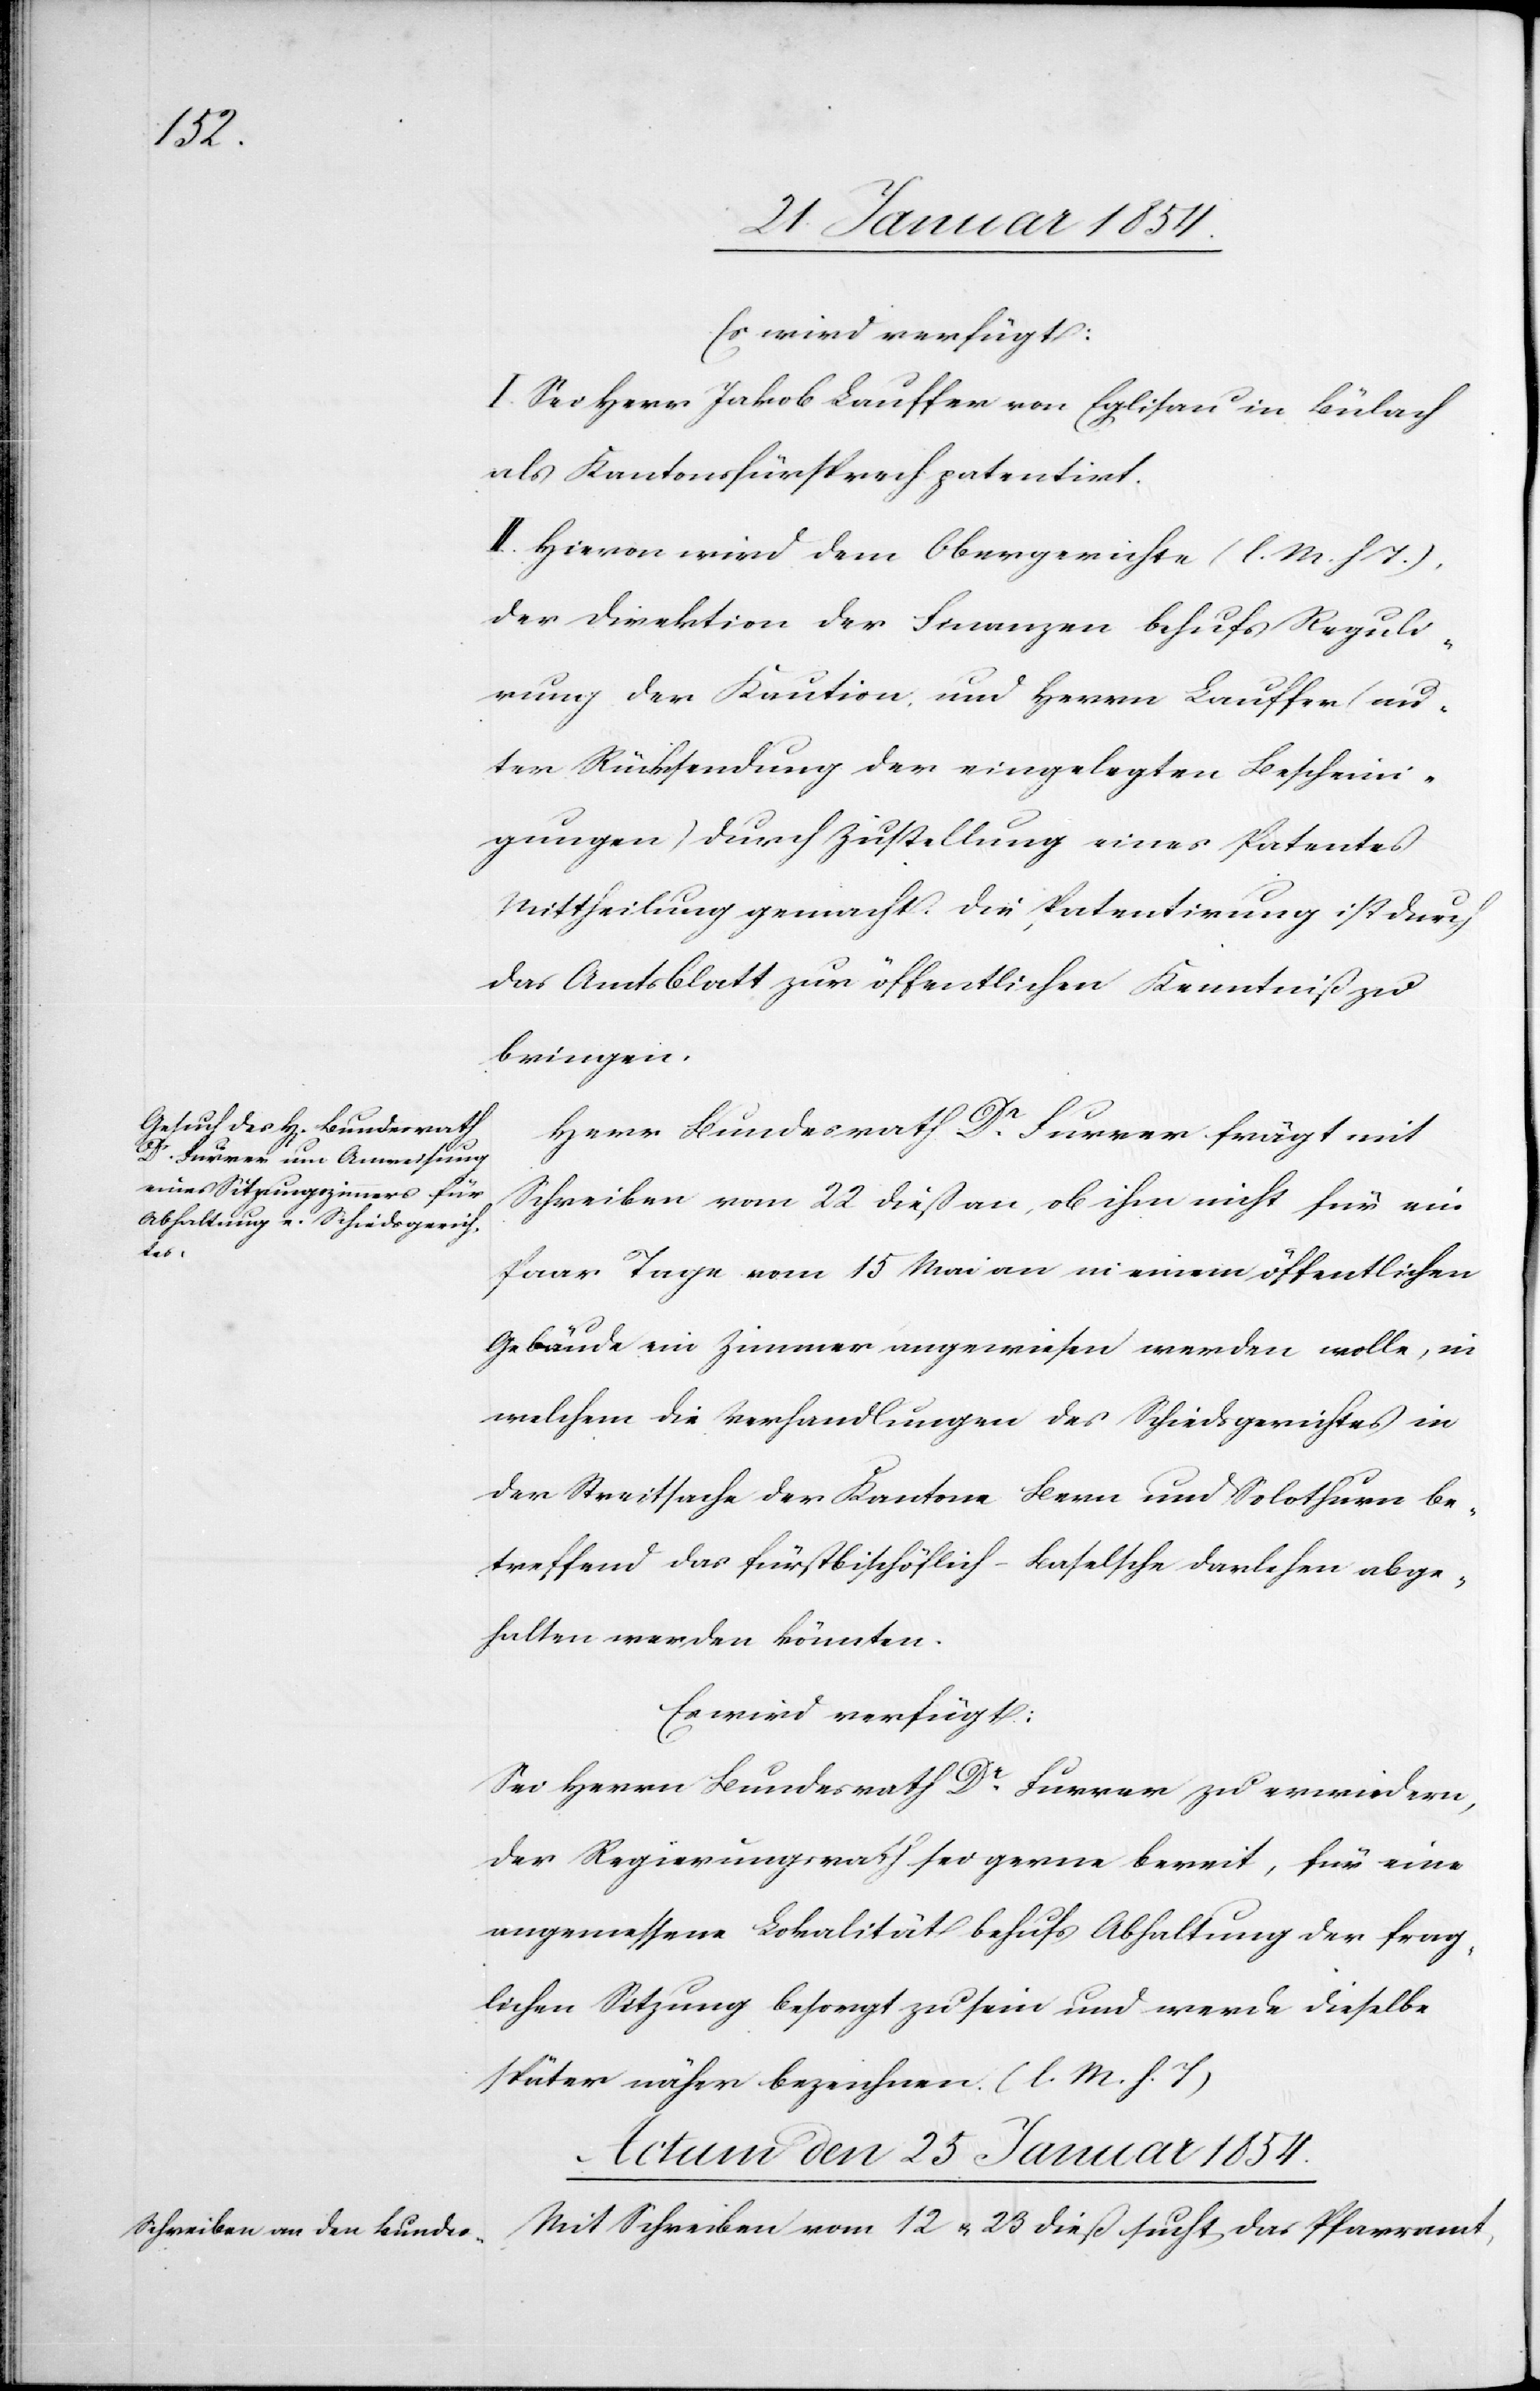
Es wird verfügt:
I. Sei Herr Jakob Lauffer von Eglisau in Bülach
als Kantonsfürsprech patentirt.
II. Hievon wird dem Obergerichte (l. M. h. T.),
der Direktion der Finanzen behufs Reguli¬
rung der Kaution und Herrn Lauffer (un¬
ter Rücksendung der eingelegten Bescheini¬
gungen) durch Zustellung eines Patentes
Mittheilung gemacht. Die Patentirung ist durch
das Amtsblatt zur öffentlichen Kenntniß zu
bringen.
Herr Bundesrath Dr. Furrer frägt mit
Schreiben vom 22 dieß an, ob ihm nicht für ein
Paar Tage vom 15 Mai an in einem öffentlichen
Gebäude ein Zimmer angewiesen werden wolle, in
welchem die Verhandlungen des Schiedsgerichtes in
der Streitsache der Kantone Bern und Solothurn be¬
treffend das Fürstbischöflich-Baselsche Darlehen abge¬
halten werden könnten.
Es wird verfügt:
Sei Herrn Bundesrath Dr. Furrer zu erwiedern,
der Regierungsrath sei gerne bereit, für eine
angemessene Lokalität behufs Abhaltung der frag¬
lichen Sitzung besorgt zu sein und werde dieselbe
später näher bezeichnen. (l. M. h. T.)
Actum den 25 Januar 1854.
Mit Schreiben vom 12 u. 23 dieß sucht das Pfarramt